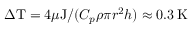
\Delta \mathrm { T } = 4 \mu \mathrm { J } / ( C _ { p } \rho \pi r ^ { 2 } h ) \approx 0 . 3 \, \mathrm { K }